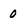
Character: 0